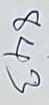
843